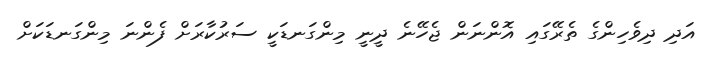
އަދި ދިވެހިންގެ ތެރޭގައި އޮންނަން ޖެހޭނެ ދީނީ މިންގަނޑަކީ ސަރުކާރަށް ފެންނަ މިންގަނޑަކަށް